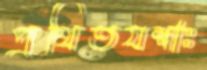
প্রথিতযশাঃ